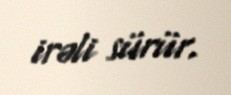
irəli sürür.